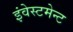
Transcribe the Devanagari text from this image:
इंवेस्टमेन्ट